Scottish Leaving Certificate Examination, 1961
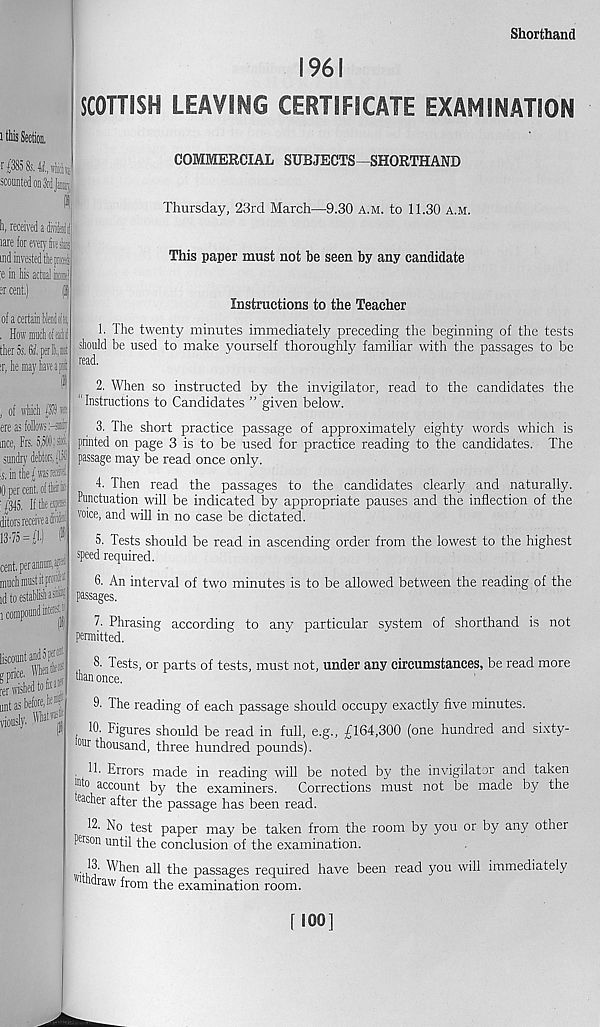
Shorthand
i this Section,
' r $85 8s, tt, wlidsj
scountedonSniJiB,'
«
h, received a-divihld
rare for ever)'tvisb
tnd invested tk pis
;e in his actual life!
er cent.)
(I)
of a certain HendoHs,
, ■Hpifadif
then 5s. W, perl, c
sr, he may have a [(i l l
, of which IS j®
ere as follows :-icy
mce, Frs, 5,511
sundry debtors, fl,i
Is. in thefwasrffiK
lOpercentoftteiri'
[$45, If the esps
ditors receive adit
13 •75 = $) P
cent, per annum, f*
much must it pro*)
establish e* 1 !
i compound
liscountandopt) 1 '
e price,
renvishedtof;
untas before,«
vionsly.
,
1961
SCOTTISH LEAVING CERTIFICATE EXAMINATION
COMMERCIAL SUBJECTS—SHORTHAND
Thursday, 23rd March—9.30 a.m. to 11.30 a.m.
This paper must not be seen by any candidate
Instructions to the Teacher
1. The twenty minutes immediately preceding the beginning of the tests
should be used to make yourself thoroughly familiar with the passages to be
read.
2. When so instructed by the invigilator, read to the candidates the
11 Instructions to Candidates ” given below.
3. The short practice passage of approximately eighty words which is
printed on page 3 is to be used for practice reading to the candidates. The
passage may be read once only.
4. Then read the passages to the candidates clearly and naturally.
Punctuation will be indicated by appropriate pauses and the inflection of the
voice, and will in no case be dictated.
5. Tests should be read in ascending order from the lowest to the highest
speed required.
6. An interval of two minutes is to be allowed between the reading of the
passages.
7. Phrasing according to any particular system of shorthand is not
permitted.
8. Tests, or parts of tests, must not, under any circumstances, be read more
than once.
9. The reading of each passage should occupy exactly five minutes.
10. Figures should be read in full, e.g., £164,300 (one hundred and sixty-
our thousand, three hundred pounds).
. lb Errors made in reading will be noted by the invigilator and taken
jato account by the examiners. Corrections must not be made by the
Metier after the passage has been read.
12. No test paper may be taken from the room by you or by any other
P er son until the conclusion of the examination.
13- When all the passages required have been read you will immediately
"Undraw from the examination room.
[100]